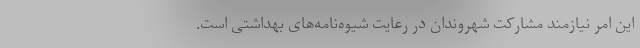
این امر نیازمند مشارکت شهروندان در رعایت شیوه‌نامه‌های بهداشتی است.